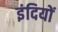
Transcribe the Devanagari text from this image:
इंदियों